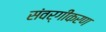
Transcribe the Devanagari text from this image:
संवर्गीकरण